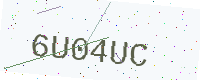
Text: 6U04UC